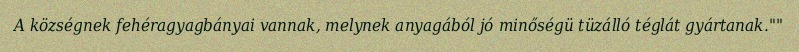
A községnek fehéragyagbányai vannak, melynek anyagából jó minőségü tüzálló téglát gyártanak.""